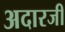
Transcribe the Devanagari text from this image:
अदारजी